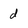
Character: d